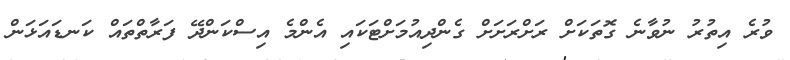
ވުރެ އިތުރު ނުވާނެ ގޮތަކަށް ރަށްރަށަށް ގެންދިއުމަށްޓަކައި އެންމެ އިސްކަންދޭ ފަރާތްތައް ކަނޑައަޅަން